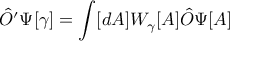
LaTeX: { \hat { O } } ^ { \prime } \Psi [ \gamma ] = \int [ d A ] W _ { \gamma } [ A ] { \hat { O } } \Psi [ A ]